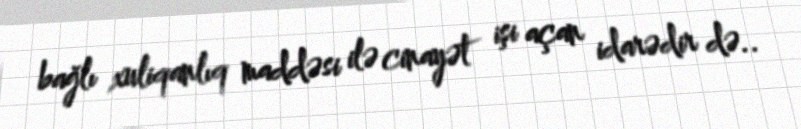
bağlı xuliqanlıq maddəsi ilə cinayət işi açan idarədir də..